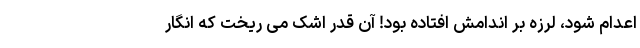
اعدام شود، لرزه بر اندامش افتاده بود! آن قدر اشک می ریخت که انگار